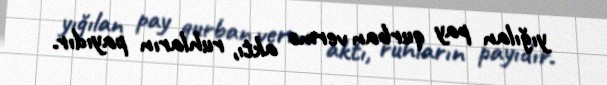
yığılan pay qurban vermə aktı, ruhların payıdır.